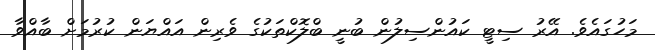
މަހުގައެވެ. އޭރު ސިޓީ ކައުންސިލުން ބުނީ ބްލޮކްތަކުގެ ވެރިން އައްޔަން ކުރުމަށް ބާއްވާ